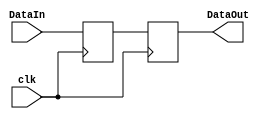
`timescale 1ns / 1ps
//////////////////////////////////////////////////////////////////////////////////
// Company: 
// Engineer: 
// 
// Design Name: 
// Module Name:    MemoriaReg 
// Project Name: 
// Target Devices: 
// Tool versions: 
// Description: 
//
// Dependencies: 
//
// Revision: 
// Revision 0.01 - File Created
// Additional Comments: 
//
//////////////////////////////////////////////////////////////////////////////////
module MemoriaReg(
	input wire [31:0] DataIn,          // Memory Address
	output reg [31:0] DataOut,
	input wire clk
);

reg [31:0] MEMO;

initial begin
MEMO=0;
end

// Using @(addr) will lead to unexpected behavior as memories are synchronous elements like registers
always @(posedge clk) begin
	 DataOut <= MEMO;
	 MEMO <= DataIn;
end
endmodule